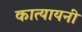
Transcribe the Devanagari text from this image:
कात्‍यायनी